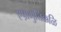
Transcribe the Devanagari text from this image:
एष़ामुत्तिक्कळि